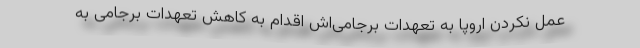
عمل نکردن اروپا به تعهدات برجامی‌اش اقدام به کاهش تعهدات برجامی به